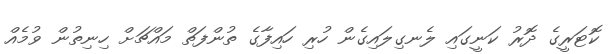
ކޮޓަރީގެ ދޮރު ކަނީގައި ލެނގިލައިގެން ހުރި ހައިފާގެ ތުންފަތް މައްޗަށް ހިނިތުން ވުމެއް